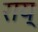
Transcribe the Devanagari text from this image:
राय्